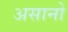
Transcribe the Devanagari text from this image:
असानो